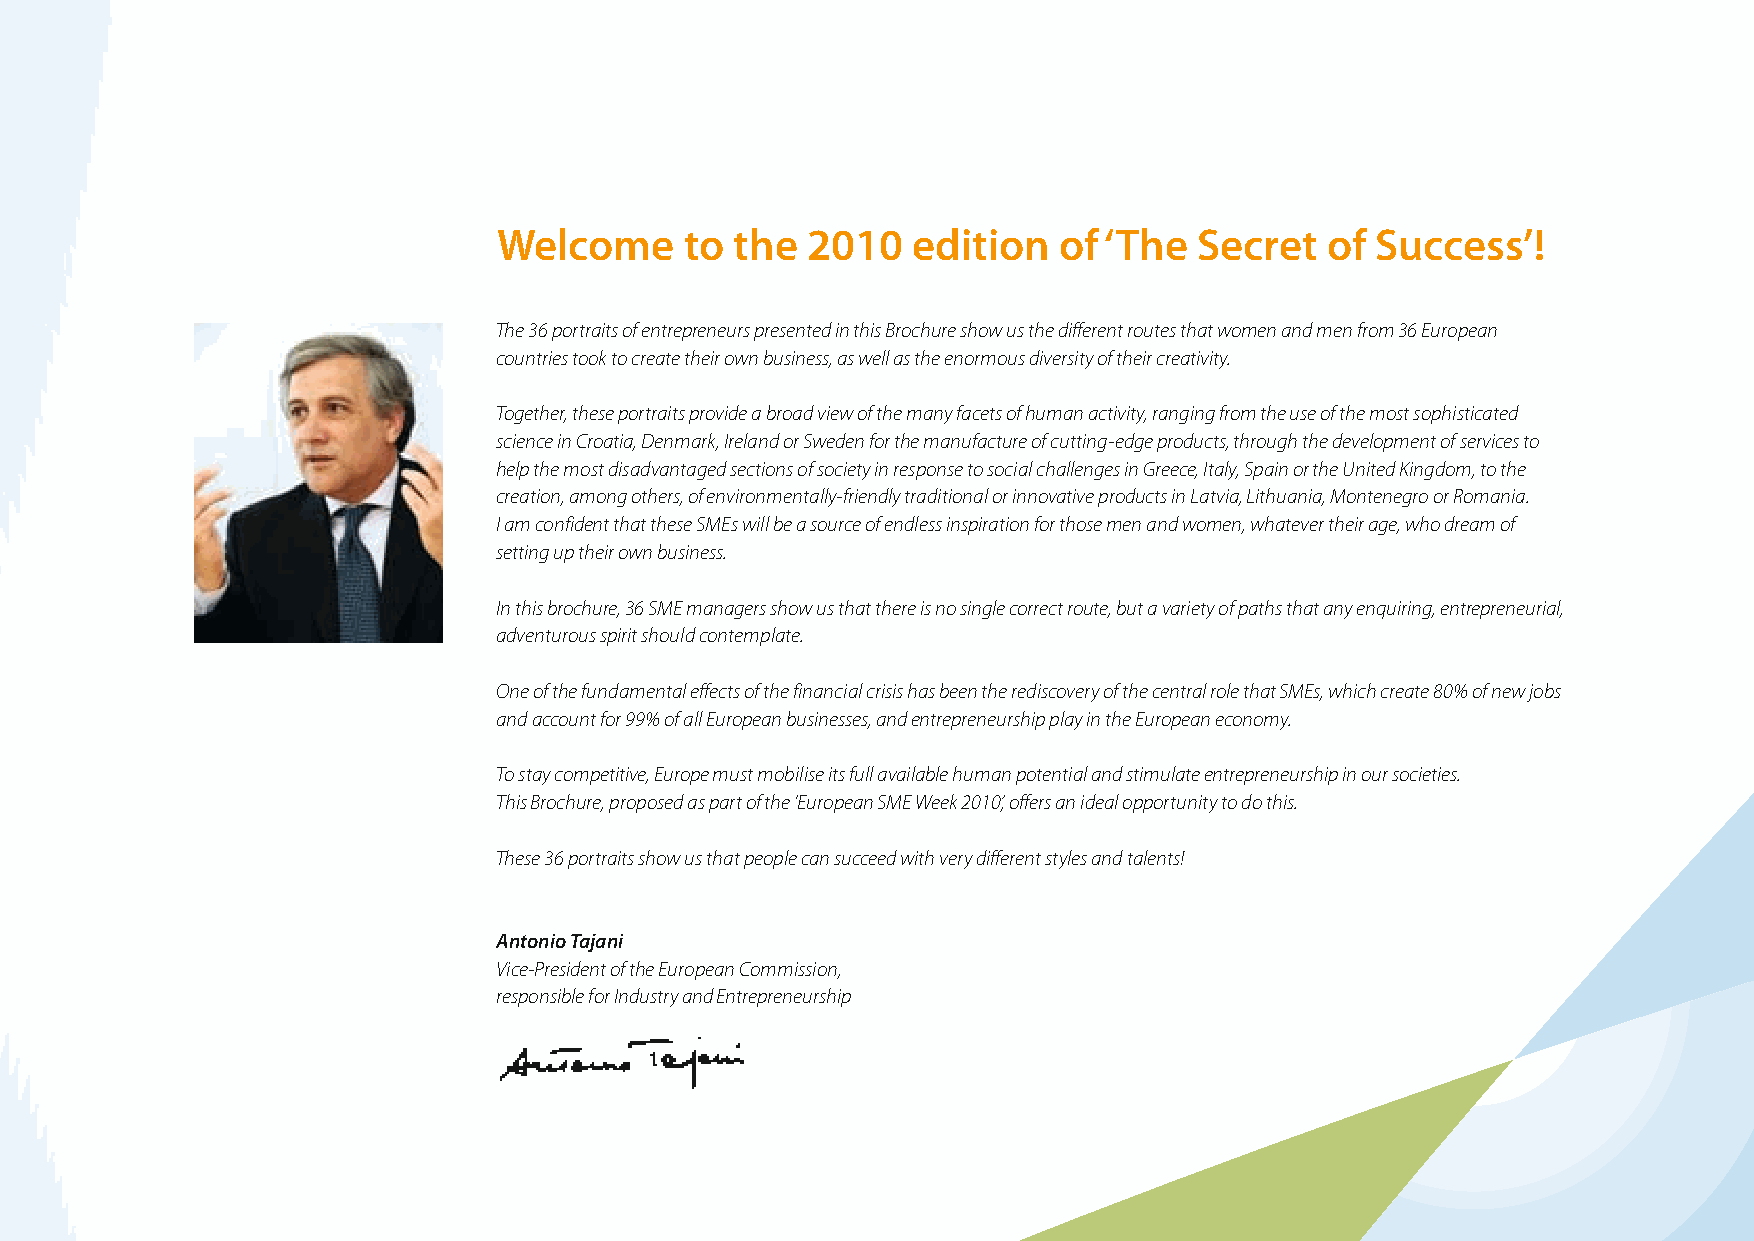
Welcome     to  the 2010   edition   of ‘The  Secret   of Success’!
 The 36 portraits of entrepreneurs presented in this Brochure show us the different routes that women and men from 36 European
 countries took to create their own business, as well as the enormous diversity of their creativity.
 Together, these portraits provide a broad view of the many facets of human activity, ranging from the use of the most sophisticated
 science in Croatia, Denmark, Ireland or Sweden for the manufacture of cutting-edge products, through the development of services to
 help the most disadvantaged sections of society in response to social challenges in Greece, Italy, Spain or the United Kingdom, to the
 creation, among others, of environmentally-friendly traditional or innovative products in Latvia, Lithuania, Montenegro or Romania.
 I am confident that these SMEs will be a source of endless inspiration for those men and women, whatever their age, who dream of
 setting up their own business.
 In this brochure, 36 SME managers show us that there is no single correct route, but a variety of paths that any enquiring, entrepreneurial,
 adventurous spirit should contemplate.
 One of the fundamental effects of the financial crisis has been the rediscovery of the central role that SMEs, which create 80% of new jobs
 and account for 99% of all European businesses, and entrepreneurship play in the European economy.
 To stay competitive, Europe must mobilise its full available human potential and stimulate entrepreneurship in our societies.
 This Brochure, proposed as part of the ‘European SME Week 2010’, offers an ideal opportunity to do this.
 These 36 portraits show us that people can succeed with very different styles and talents!
 Antonio Tajani
 Vice-President of the European Commission,
 responsible for Industry and Entrepreneurship
 100426_SMEweek_broch_A4quer_hw.indd 1                                                                    27.04.2010 9:11:25 Uhr